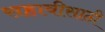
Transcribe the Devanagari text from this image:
सहावीसाठी